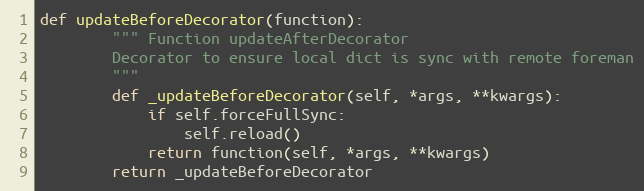
Language: Python
def updateBeforeDecorator(function):
        """ Function updateAfterDecorator
        Decorator to ensure local dict is sync with remote foreman
        """
        def _updateBeforeDecorator(self, *args, **kwargs):
            if self.forceFullSync:
                self.reload()
            return function(self, *args, **kwargs)
        return _updateBeforeDecorator